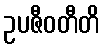
ဥပဇီဝတီတိ